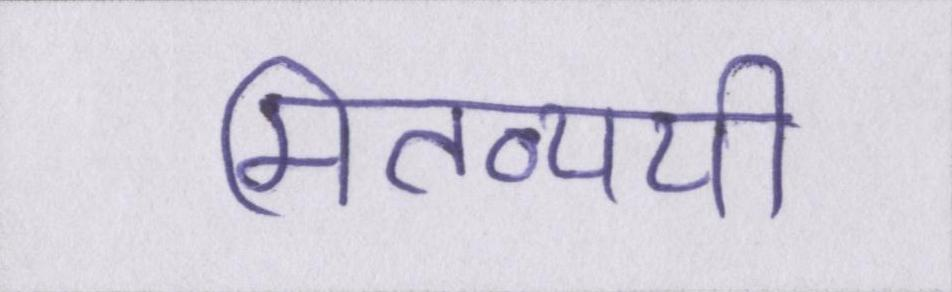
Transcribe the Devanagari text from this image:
मितव्ययी